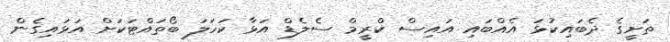
ތަށީގެ ދެބައިކުޅަ އެއްބައި އައިސް ކްރީމް ސެލެޑް އަޅާ ކަހަލަ ބޯތައްޓަކަށް އަޅައިގެން